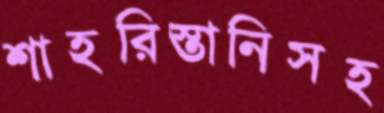
শাহরিস্তানিসহ